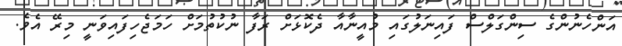
އަންހެނުންގެ ސިންގަލްސް ފައިނަލުގައި މުއީނާއާ ދެކޮޅަށް ރަފާ ނުކުތުމަށް ހަމަޖެހިފައިވަނީ މިރޭ އެވެ.